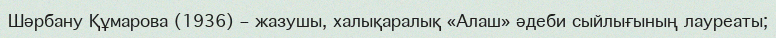
Шәрбану Құмарова (1936) – жазушы, халықаралық «Алаш» әдеби сыйлығының лауреаты;